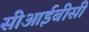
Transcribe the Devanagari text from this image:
सीआईबीसी